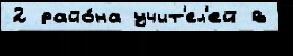
2 райо́на учит'ел'ей в